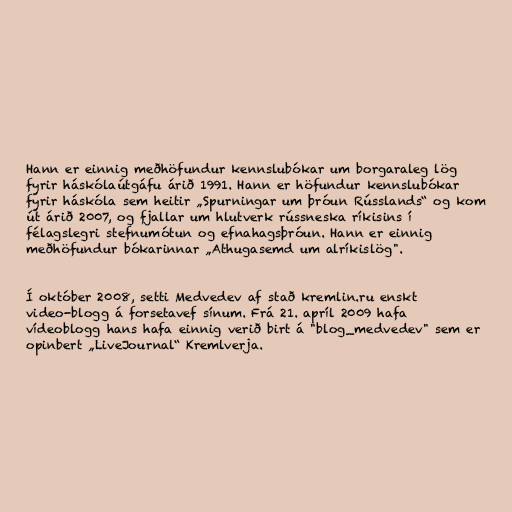
Hann er einnig meðhöfundur kennslubókar um borgaraleg lög
fyrir háskólaútgáfu árið 1991. Hann er höfundur kennslubókar
fyrir háskóla sem heitir „Spurningar um þróun Rússlands“ og kom
út árið 2007, og fjallar um hlutverk rússneska ríkisins í
félagslegri stefnumótun og efnahagsþróun. Hann er einnig
meðhöfundur bókarinnar „Athugasemd um alríkislög".

Í október 2008, setti Medvedev af stað kremlin.ru enskt
video-blogg á forsetavef sínum. Frá 21. apríl 2009 hafa
vídeoblogg hans hafa einnig verið birt á "blog_medvedev" sem er
opinbert „LiveJournal“ Kremlverja.